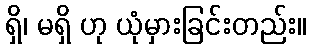
ရှိ၊ မရှိ ဟု ယုံမှားခြင်းတည်း။